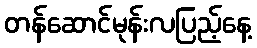
တန်ဆောင်မုန်းလပြည့်နေ့